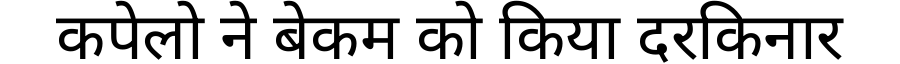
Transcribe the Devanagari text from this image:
कपेलो ने बेकम को किया दरकिनार